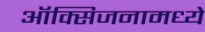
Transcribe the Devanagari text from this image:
ऑक्सिजनामध्ये